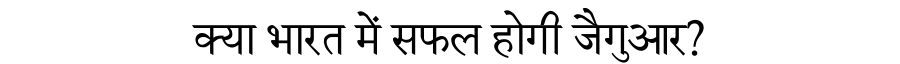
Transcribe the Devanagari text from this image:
क्या भारत में सफल होगी जैगुआर?